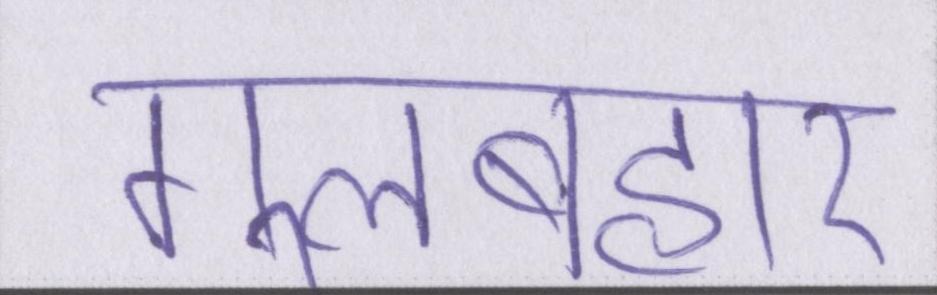
गुलबहार